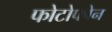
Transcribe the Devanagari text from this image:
फोटोफोन